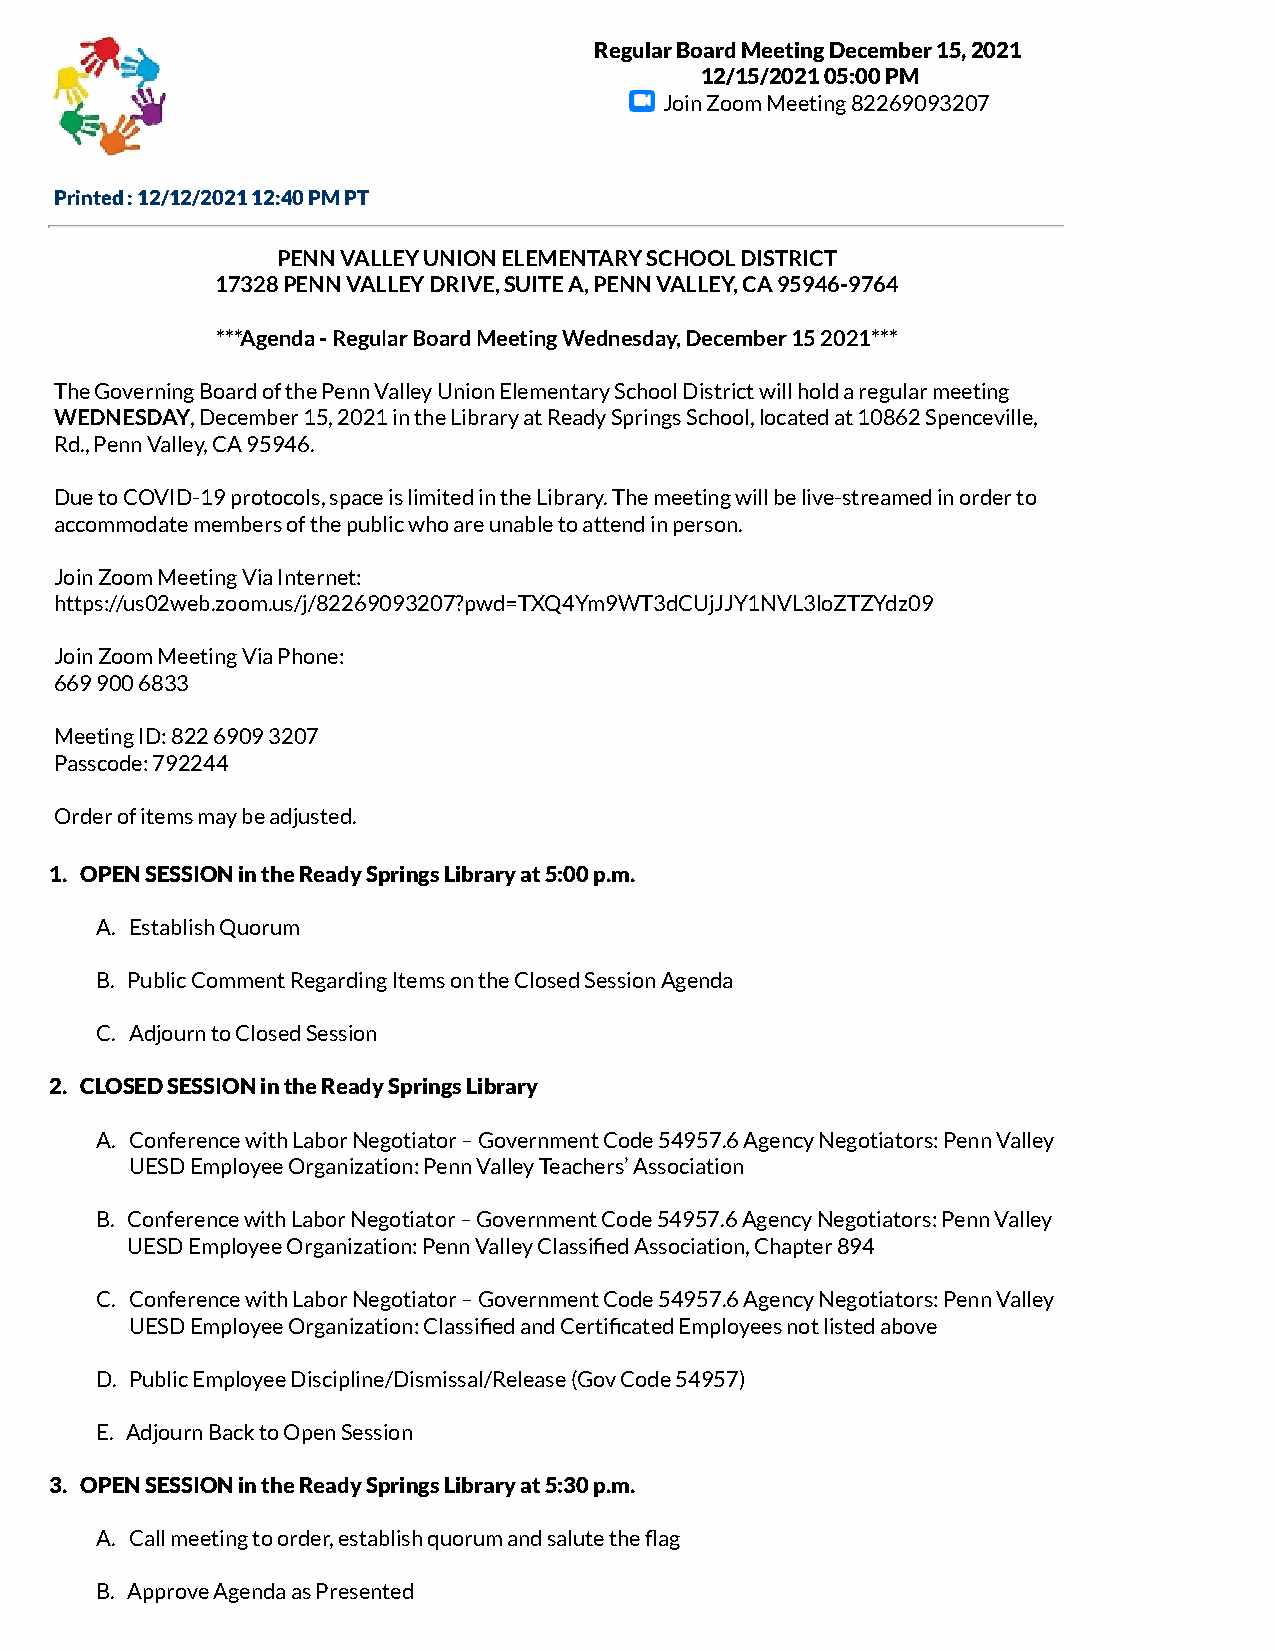
Regular Board Meeting December 15, 2021
 12/15/2021 05:00 PM
 Join Zoom Meeting 82269093207
 Printed : 12/12/2021 12:40 PM PT
 PENN VALLEY UNION ELEMENTARY SCHOOL DISTRICT
 17328 PENN VALLEY DRIVE, SUITE A, PENN VALLEY, CA 95946-9764
 ***Agenda - Regular Board Meeting Wednesday, December 15 2021***
 The Governing Board of the Penn Valley Union Elementary School District will hold a regular meeting
 WEDNESDAY, December 15, 2021 in the Library at Ready Springs School, located at 10862 Spenceville,
 Rd., Penn Valley, CA 95946.
 Due to COVID-19 protocols, space is limited in the Library. The meeting will be live-streamed in order to
 accommodate members of the public who are unable to attend in person.
 Join Zoom Meeting Via Internet:
 https://us02web.zoom.us/j/82269093207?pwd=TXQ4Ym9WT3dCUjJJY1NVL3loZTZYdz09
 Join Zoom Meeting Via Phone:
 669 900 6833
 Meeting ID: 822 6909 3207
 Passcode: 792244
 Order of items may be adjusted.
 1. OPEN SESSION in the Ready Springs Library at 5:00 p.m.
 A. Establish Quorum
 B. Public Comment Regarding Items on the Closed Session Agenda
 C. Adjourn to Closed Session
 2. CLOSED SESSION in the Ready Springs Library
 A. Conference with Labor Negotiator – Government Code 54957.6 Agency Negotiators: Penn Valley
 UESD Employee Organization: Penn Valley Teachers’ Association
 B. Conference with Labor Negotiator – Government Code 54957.6 Agency Negotiators: Penn Valley
 UESD Employee Organization: Penn Valley Classied Association, Chapter 894
 C. Conference with Labor Negotiator – Government Code 54957.6 Agency Negotiators: Penn Valley
 UESD Employee Organization: Classied and Certicated Employees not listed above
 D. Public Employee Discipline/Dismissal/Release (Gov Code 54957)
 E. Adjourn Back to Open Session
 3. OPEN SESSION in the Ready Springs Library at 5:30 p.m.
 A. Call meeting to order, establish quorum and salute the ag
 B. Approve Agenda as Presented